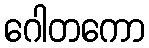
ဂေါတကော